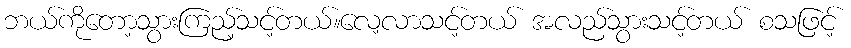
ဘယ်ကိုတော့သွားကြည့်သင့်တယ်။လေ့လာသင့်တယ် အလည်သွားသင့်တယ် စသဖြင့်